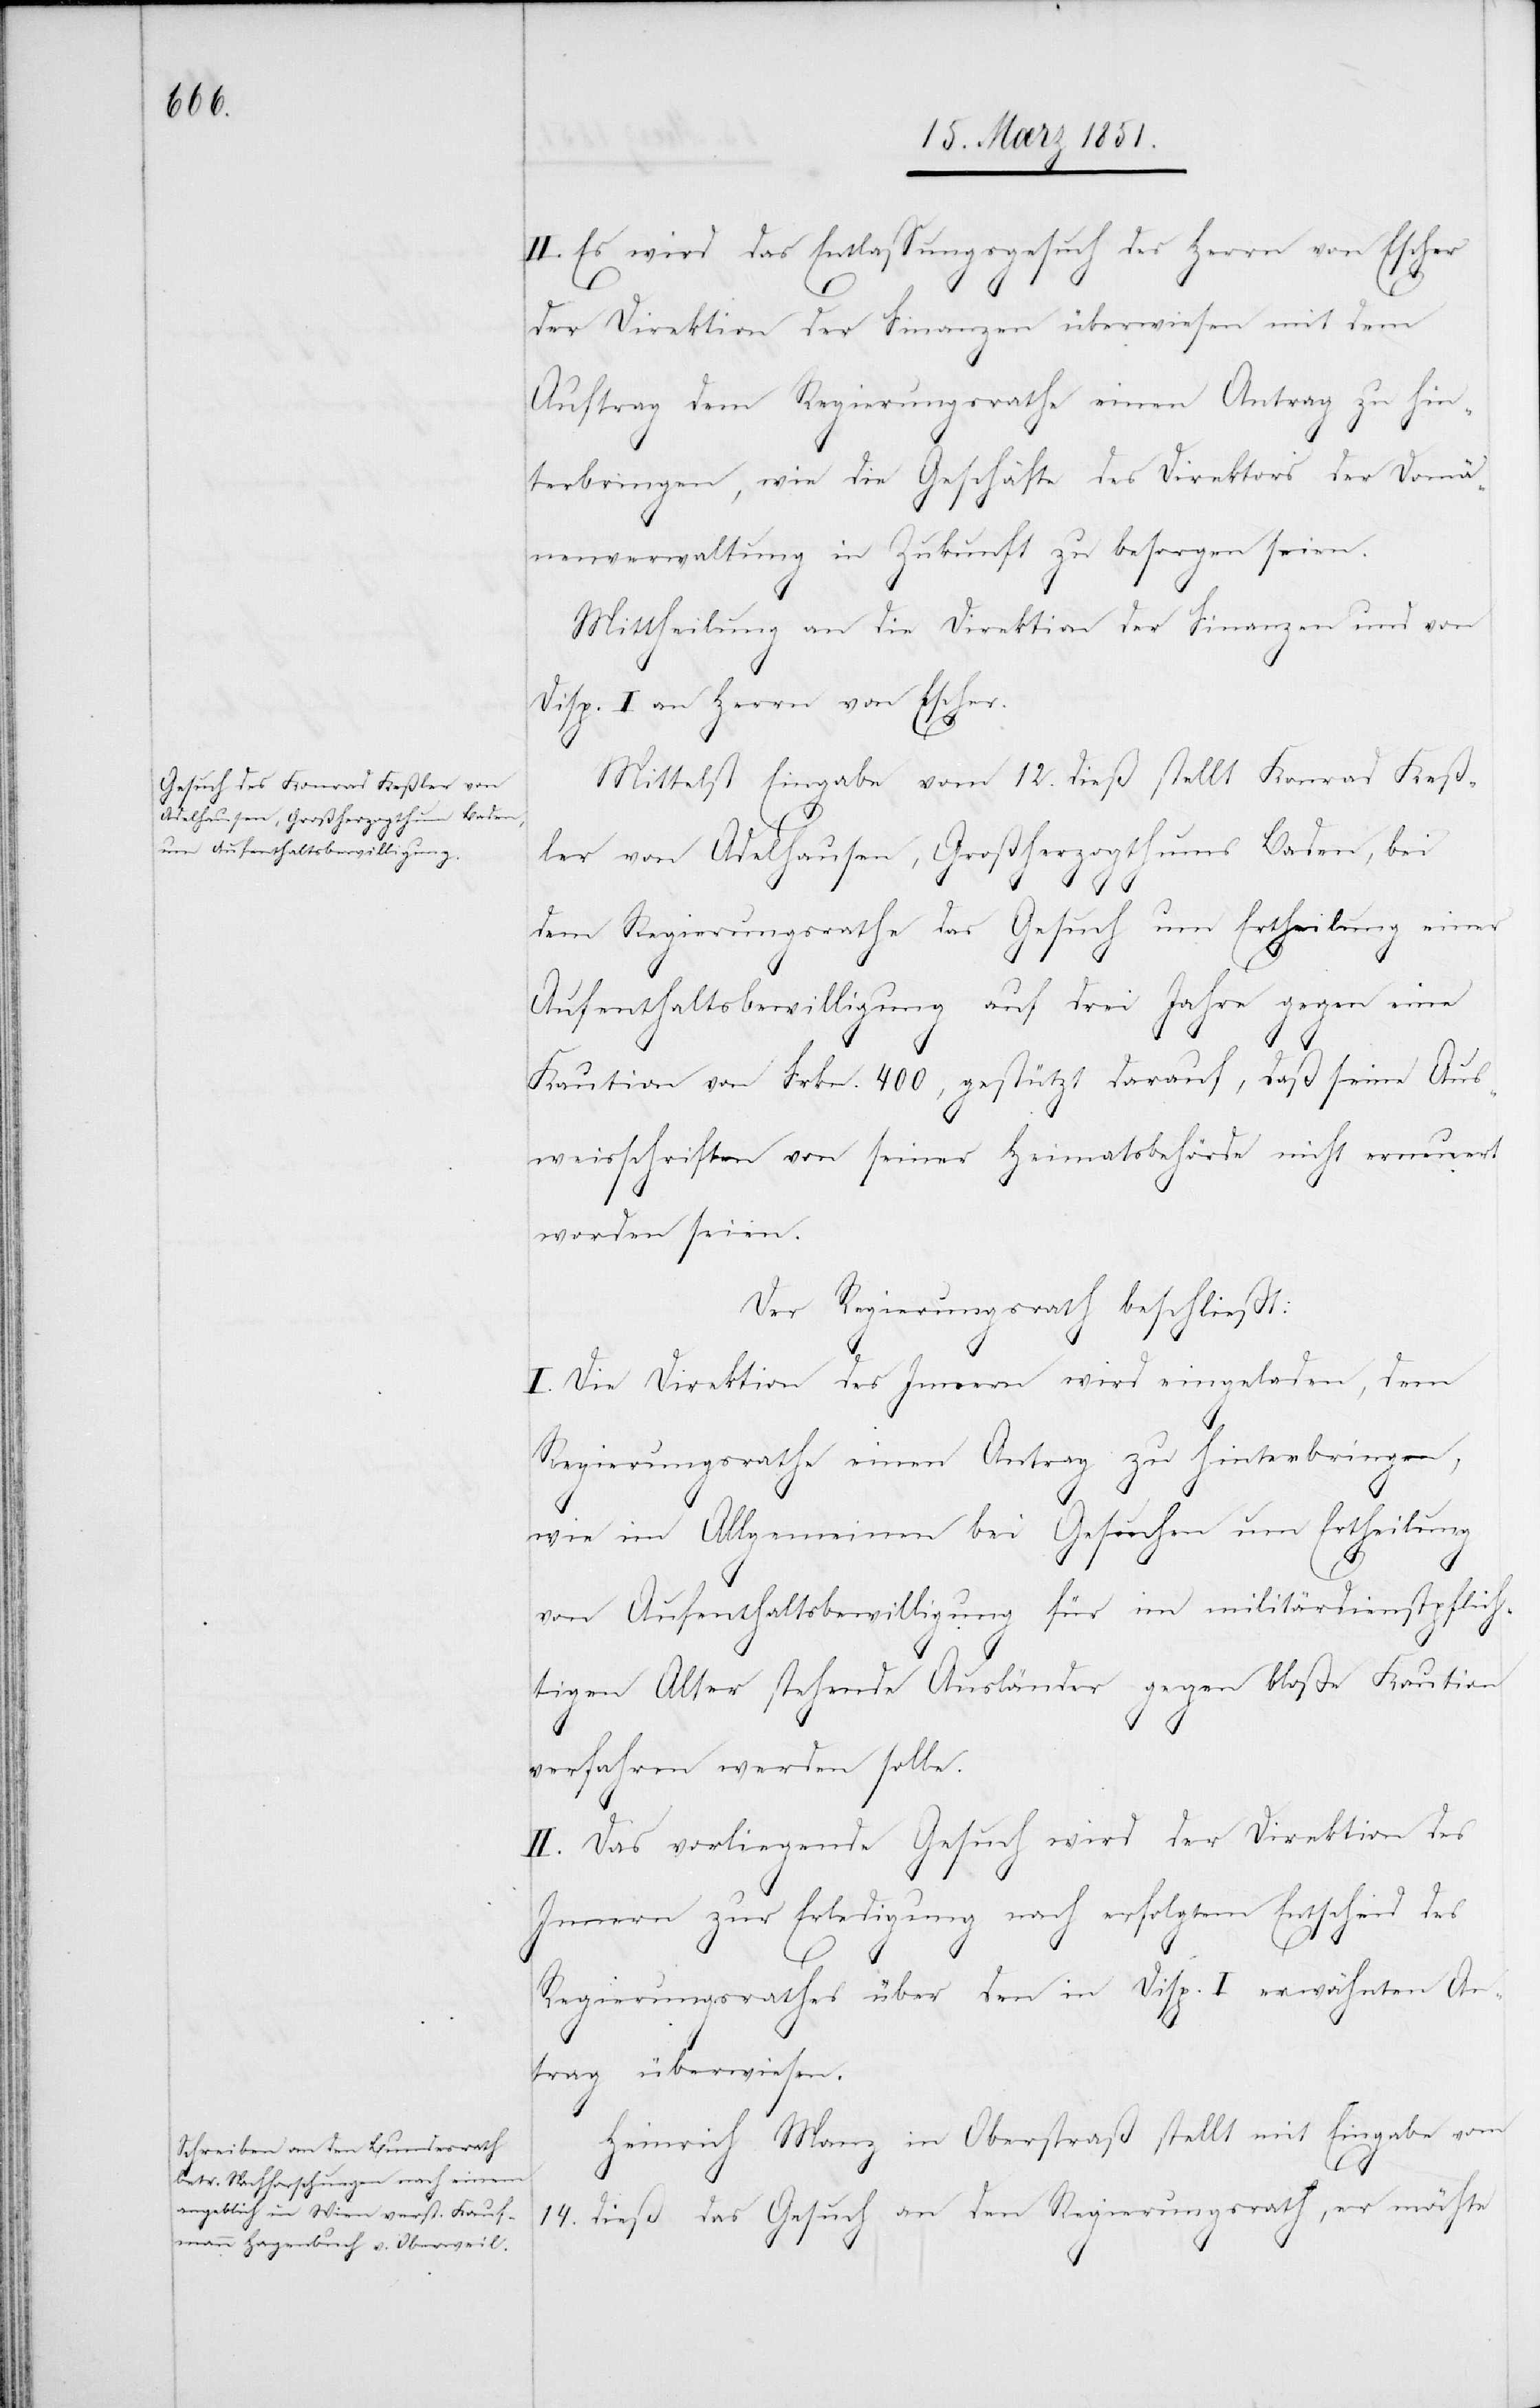
II. Es wird das Entlassungsgesuch des Herrn von Escher
der Direktion der Finanzen überwiesen mit dem
Auftrag dem Regierungsrathe einen Antrag zu hin¬
terbringen, wie die Geschäfte des Direktors der Domä¬
nenverwaltung in Zukunft zu besorgen seien.
Mittheilung an die Direktion der Finanzen und von
Disp. I. an Herrn von Escher.
Mittelst Eingabe vom 12. dieß stellt Konrad Keß¬
ler von Adelhausen, Großherzogthums Baden, bei
dem Regierungsrathe das Gesuch um Ertheilung einer
Aufenthaltsbewilligung auf drei Jahre gegen eine
Kaution von Frkn. 400, gestützt darauf, daß seine Aus¬
weisschriften von seiner Heimatsbehörde nicht erneuert
worden seien.
Der Regierungsrath beschließt:
I. Die Direktion des Innern wird eingeladen, dem
Regierungsrathe einen Antrag zu hinterbringen,
wie im Allgemeinen bei Gesuchen um Ertheilung
von Aufenthaltsbewilligung für im militärdienstpflich¬
tigen Alter stehende Ausländer gegen bloße Kaution
verfahren werden solle.
II. Das vorliegende Gesuch wird der Direktion des
Innern zur Erledigung nach erfolgtem Entscheid des
Regierungsrathes über den in Disp. I erwähnten An¬
trag überwiesen.
Heinrich Manz in Oberstraß stellt mit Eingabe vom
14. dieß das Gesuch an den Regierungsrath, er möchte